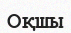
Оқшы